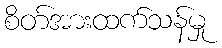
စိတ်အားထက်သန်မှု